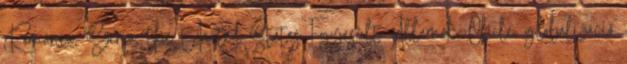
Románia, Szíria, the United States Egyesült Államok, Chile, globalizáció